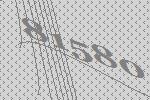
81580